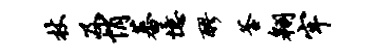
杖及悄蕃忆醪釜翱牢